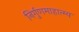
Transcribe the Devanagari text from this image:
निर्गुणमाहात्म्य